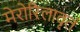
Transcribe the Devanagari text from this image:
मेरोरिलावृतं